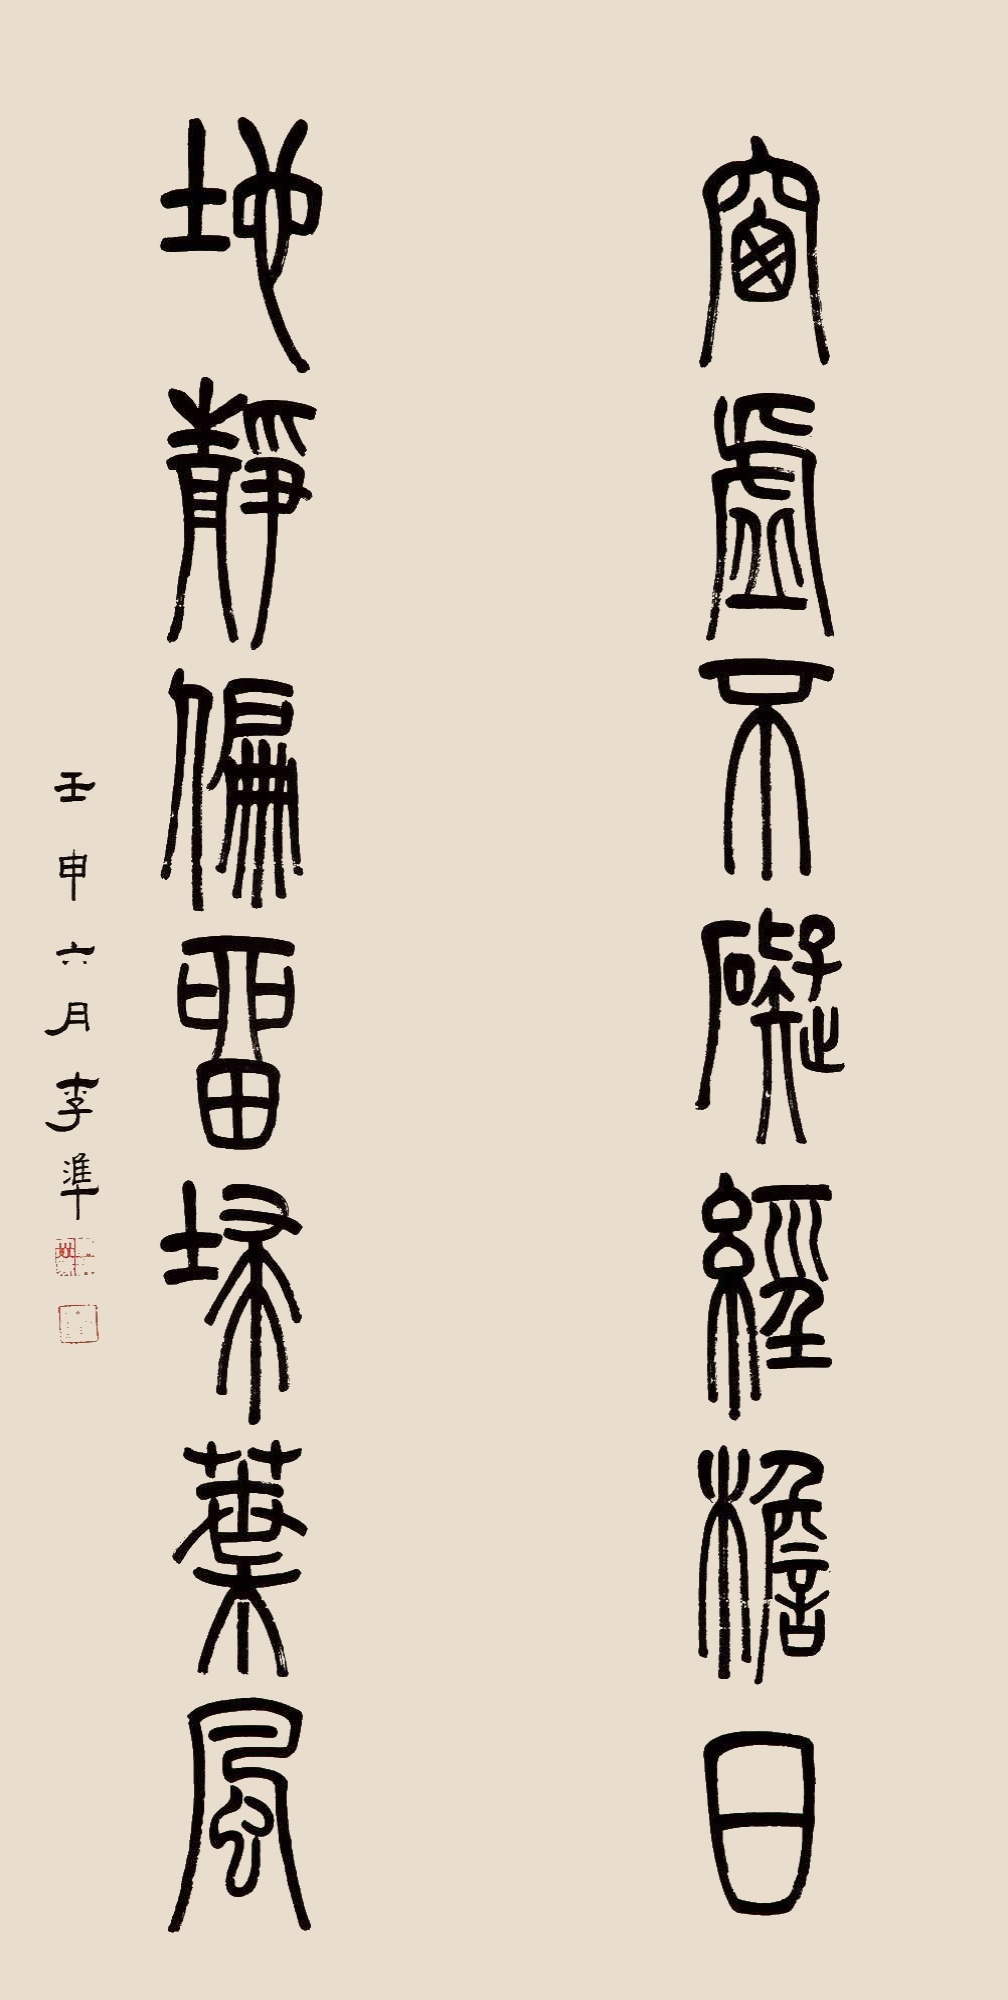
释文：窗虚不碍经檐日，地静偏留扫叶风。壬申六月李凖。